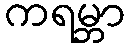
ကရမ္ဘာ